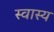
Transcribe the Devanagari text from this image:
स्वास्य